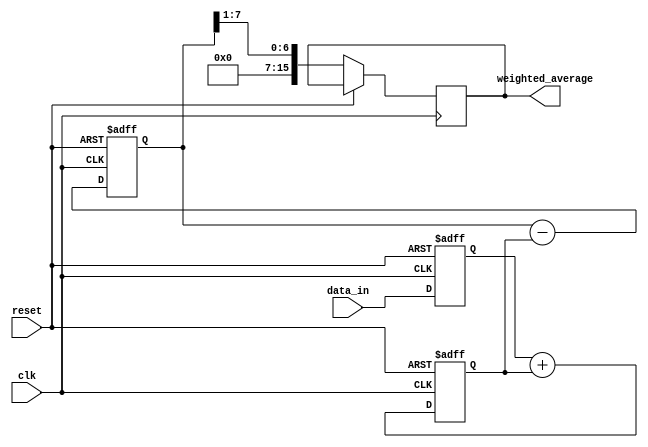
module weighted_moving_average(
    input wire clk,
    input wire reset,
    input wire [7:0] data_in,
    
    output reg [15:0] weighted_average
);

reg [7:0] prev_data;
reg [7:0] prev_weight;
reg [7:0] weighted_sum;

always @ (posedge clk or posedge reset) begin
    if (reset) begin
        prev_data <= 8'h00;
        prev_weight <= 8'h00;
        weighted_sum <= 16'h0000;
    end else begin
        prev_data <= data_in;
        prev_weight <= prev_data + prev_weight;
        weighted_sum <= weighted_sum - prev_weight;
        weighted_average <= weighted_sum >> 1;
    end
end

endmodule